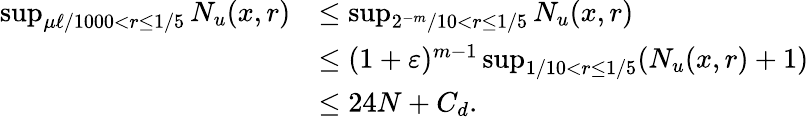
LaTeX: \begin{array}{rl}{\operatorname*{sup}_{\mu\ell/1000<r\le 1/5}N_{u}(x,r)}&{\le\operatorname*{sup}_{2^{-m}/10<r\le 1/5}N_{u}(x,r)}\\ &{\le(1+\varepsilon)^{m-1}\operatorname*{sup}_{1/10<r\le 1/5}(N_{u}(x,r)+1)}\\ &{\le 24N+C_{d}.}\end{array}